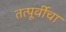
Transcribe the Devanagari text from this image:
तत्पूर्वीचा